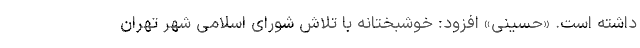
داشته است. «حسینی» افزود: خوشبختانه با تلاش شورای اسلامی شهر تهران